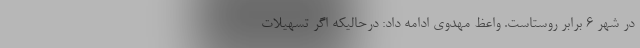
در شهر ۶ برابر روستاست. واعظ مهدوی ادامه داد: درحالیکه اگر تسهیلات